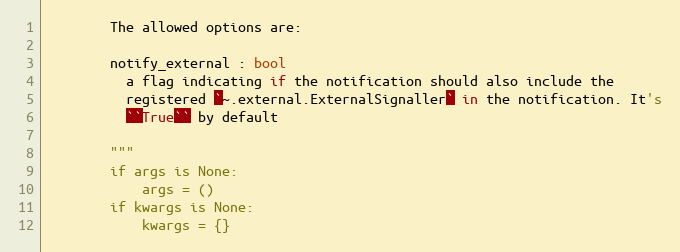
Language: Python
        The allowed options are:

        notify_external : bool
          a flag indicating if the notification should also include the
          registered `~.external.ExternalSignaller` in the notification. It's
          ``True`` by default

        """
        if args is None:
            args = ()
        if kwargs is None:
            kwargs = {}